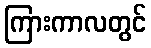
ကြားကာလတွင်